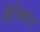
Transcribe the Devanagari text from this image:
डैनिकन